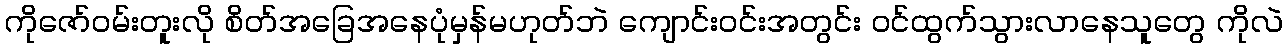
ကိုဇော်ဝမ်းတူးလို စိတ်အခြေအနေပုံမှန်မဟုတ်ဘဲ ကျောင်းဝင်းအတွင်း ဝင်ထွက်သွားလာနေသူတွေ ကိုလဲ